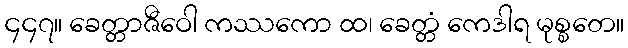
၄၄၇။ ခေတ္တာဇီဝေါ ကဿကော ထ၊ ခေတ္တံ ကေဒါရ မုစ္စတေ။